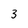
Character: 3